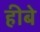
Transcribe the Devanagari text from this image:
हीबे